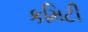
કમિટી